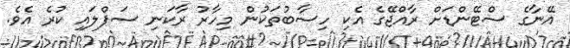
އޭނާގެ ސްޓޭންޑަށް ރާއްޖޭގެ އެކި ހިސާބުތަކުން މިހާރު ރާކަނި ސަޕްލައި ކުރެ އެވެ.